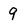
Character: 9